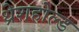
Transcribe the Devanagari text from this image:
थ्रेशहोल्ड